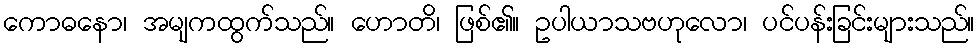
ကောဓနော၊ အမျကထွက်သည်။ ဟောတိ၊ ဖြစ်၏။ ဥပါယာသဗဟုလော၊ ပင်ပန်းခြင်းများသည်။